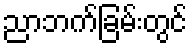
ညာဘက်ခြမ်းတွင်